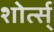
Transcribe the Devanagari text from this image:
शोर्त्स्